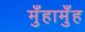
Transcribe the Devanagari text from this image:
मुँहामुँह